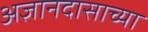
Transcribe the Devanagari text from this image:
अज्ञानदासाच्या